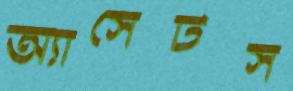
অ্যাসেটস